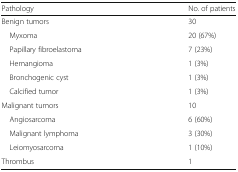
<table><thead><tr><td><b>Pathology</b></td><td><b>No. of patients</b></td></tr></thead><tbody><tr><td>Benign tumors</td><td>30</td></tr><tr><td> Myxoma</td><td>20 (67%)</td></tr><tr><td> Papillary fibroelastoma</td><td>7 (23%)</td></tr><tr><td> Hemangioma</td><td>1 (3%)</td></tr><tr><td> Bronchogenic cyst</td><td>1 (3%)</td></tr><tr><td> Calcified tumor</td><td>1 (3%)</td></tr><tr><td>Malignant tumors</td><td>10</td></tr><tr><td> Angiosarcoma</td><td>6 (60%)</td></tr><tr><td> Malignant lymphoma</td><td>3 (30%)</td></tr><tr><td> Leiomyosarcoma</td><td>1 (10%)</td></tr><tr><td>Thrombus</td><td>1</td></tr></tbody></table>